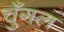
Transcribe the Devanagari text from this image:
चुँगल